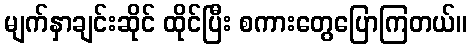
မျက်နှာချင်းဆိုင် ထိုင်ပြီး စကားတွေပြောကြတယ်။